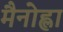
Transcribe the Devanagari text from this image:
मैनोह्ला